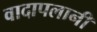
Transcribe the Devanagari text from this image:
वादापलानी